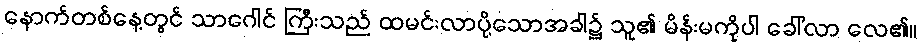
နောက်တစ်နေ့တွင် သာဂေါင် ကြီးသည် ထမင်းလာပို့သောအခါ၌ သူ၏ မိန်းမကိုပါ ခေါ်လာ လေ၏။